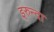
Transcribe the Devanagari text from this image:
इरुन्दा